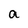
Character: a